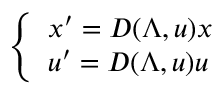
\left\{ \begin{array} { l } { { x ^ { \prime } = D ( \Lambda , u ) x } } \\ { { u ^ { \prime } = D ( \Lambda , u ) u } } \end{array} \right.